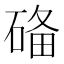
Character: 𥓶